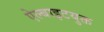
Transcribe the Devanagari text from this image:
ऐल्बाइटयुक्त